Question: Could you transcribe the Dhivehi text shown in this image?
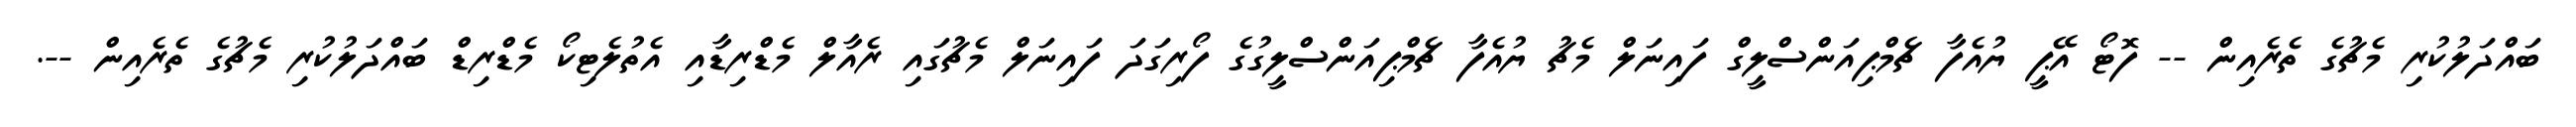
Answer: ބައްދަލުކުރި މެޗުގެ ތެރެއިން -- ފޮޓޯ އޭޕީ ޔުއެފާ ޗެމްޕިއަންސްލީގް ފައިނަލް މެޗު ޔުއެފާ ޗެމްޕިއަންސްލީގުގެ ފޯރިގަދަ ފައިނަލް މެޗުގައި ރެއާލް މެޑްރިޑާއި އެތުލެޓިކޯ މެޑްރިޑް ބައްދަލުކުރި މެޗުގެ ތެރެއިން --.